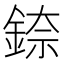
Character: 錼